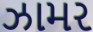
ઝામર